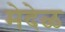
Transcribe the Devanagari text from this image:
मेदेळ